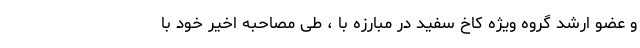
و عضو ارشد گروه ویژه کاخ سفید در مبارزه با ، طی مصاحبه اخیر خود با